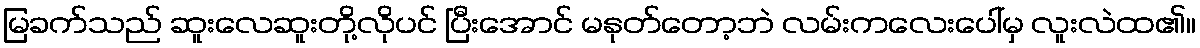
မြခက်သည် ဆူးလေဆူးတို့လိုပင် ပြီးအောင် မနုတ်တော့ဘဲ လမ်းကလေးပေါ်မှ လူးလဲထ၏။